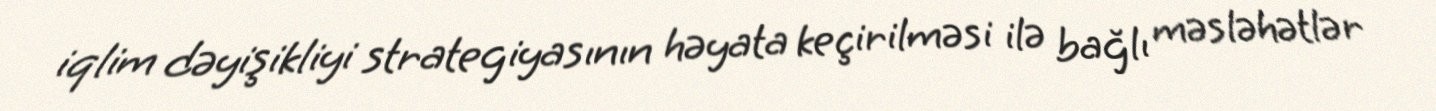
iqlim dəyişikliyi strategiyasının həyata keçirilməsi ilə bağlı məsləhətlər